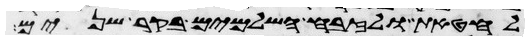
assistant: לחטאת ולזבח השלמים בקר שנים